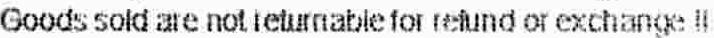
GOODS SOLD ARE NOT RETURNABLE FOR REFUND OR EXCHANGE !!